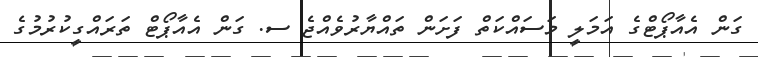
ގަން އެއާޕޯޓްގެ އަމަލީ މަސައްކަތް ފަށަން ތައްޔާރުވެއްޖެ ސ. ގަން އެއާޕޯޓް ތަރައްގީކުރުމުގެ